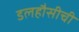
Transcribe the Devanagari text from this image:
डलहौसीची